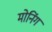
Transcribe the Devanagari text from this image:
मोनिंग